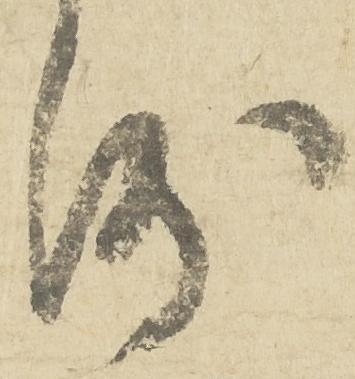
沙